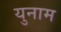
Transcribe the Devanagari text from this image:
युनाम